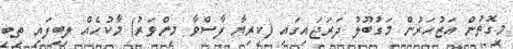
މިގޮތުން އަޒުހަރުން މަގުބޫލު ދަރަޖައިގައި (ކިރިޔާ ފާސްވާ މިންވަރު) މާކުހެއް ލިބިފައި ތިބި